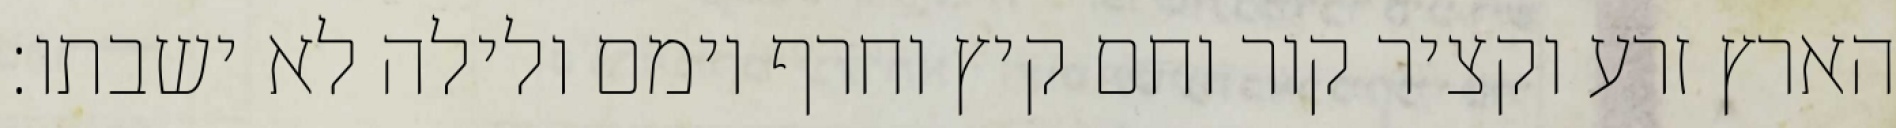
הארץ זרע וקציר קור וחם קיץ וחרף יומם ולילה לא ישבתו׃